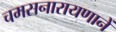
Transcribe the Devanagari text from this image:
चमसनारायणानें